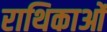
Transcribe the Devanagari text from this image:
राथिकाओं